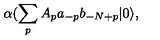
\alpha ( \sum _ { p } A _ { p } a _ { - p } b _ { - N + p } | 0 \rangle ,